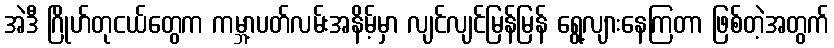
အဲဒီ ဂြိုဟ်တုငယ်တွေက ကမ္ဘာ့ပတ်လမ်းအနိမ့်မှာ လျင်လျင်မြန်မြန် ရွေ့လျားနေကြတာ ဖြစ်တဲ့အတွက်